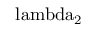
\mathrm { \ l a m b d a _ { 2 } }